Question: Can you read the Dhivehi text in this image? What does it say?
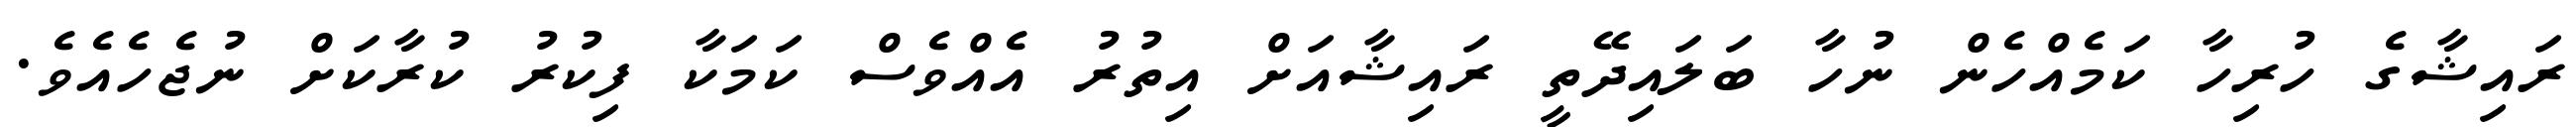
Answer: ރައިޝާގެ ހުރިހާ ކަމެއްހެން ނުހާ ބަލައިދޭތީ ރައިޝާއަށް އިތުރު އެއްވެސް ކަމަކާ ފިކުރު ކުރާކަށް ނުޖެހެއެވެ.